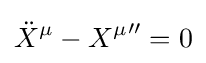
{\ddot {X}}^{\mu }-{X^{\mu }}''=0